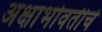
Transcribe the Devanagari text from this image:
अक्षाभोवतीचे